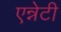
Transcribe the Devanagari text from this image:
एन्नेटी